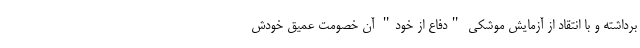
برداشته و با انتقاد از آزمایش موشکی "دفاع از خود" آن خصومت عمیق خودش